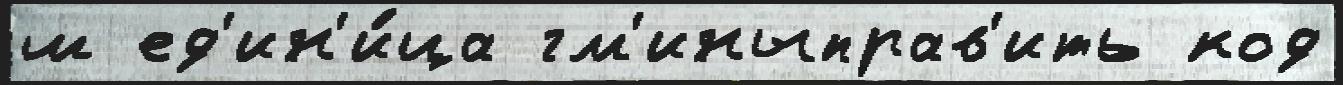
ш ед'ин'и́ца гм'иныправ'ить код